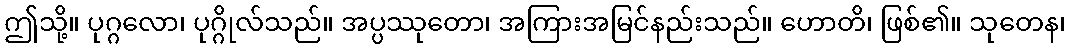
ဤသို့။ ပုဂ္ဂလော၊ ပုဂ္ဂိုလ်သည်။ အပ္ပဿုတော၊ အကြားအမြင်နည်းသည်။ ဟောတိ၊ ဖြစ်၏။ သုတေန၊